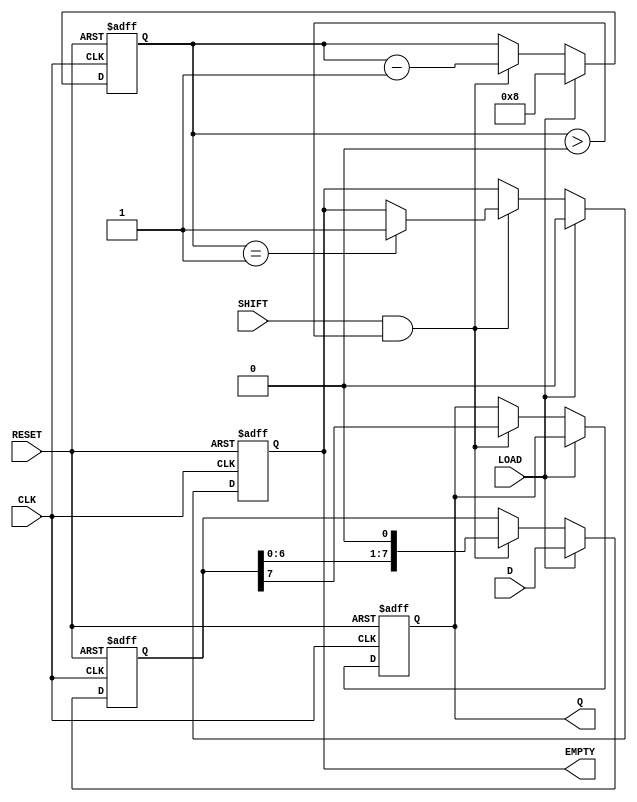
module PISO #(
    parameter WIDTH = 8  // Width of the shift register
)(
    input wire [WIDTH-1:0] D,      // Parallel data inputs
    input wire LOAD,                 // Load control signal
    input wire SHIFT,                // Shift control signal
    input wire CLK,                  // Clock signal
    input wire RESET,                // Asynchronous reset
    output reg Q,                    // Serial output
    output reg EMPTY                 // Empty signal
);

    reg [WIDTH-1:0] shift_reg;       // Shift register array
    reg [3:0] count;                 // Counter to track the number of bits shifted out

    // Asynchronous reset and loading logic
    always @(posedge CLK or posedge RESET) begin
        if (RESET) begin
            shift_reg <= 0;           // Clear the shift register
            Q <= 0;                   // Clear the serial output
            count <= 0;               // Reset the counter
            EMPTY <= 1;               // Register is empty on reset
        end else if (LOAD) begin
            shift_reg <= D;           // Load parallel data into the shift register
            count <= WIDTH;           // Set count to WIDTH
            EMPTY <= 0;               // Register is not empty after loading
        end else if (SHIFT && count > 0) begin
            Q <= shift_reg[WIDTH-1];  // Shift out the MSB
            shift_reg <= {shift_reg[WIDTH-2:0], 1'b0}; // Shift left
            count <= count - 1;       // Decrement the counter
            if (count == 1) begin
                EMPTY <= 1;           // Register is empty after last bit is shifted out
            end
        end
    end

endmodule